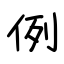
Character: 例